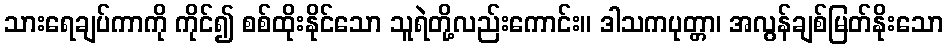
သားရေချပ်ကာကို ကိုင်၍ စစ်ထိုးနိုင်သော သူရဲတို့လည်းကောင်း။ ဒါသကပုတ္တာ၊ အလွန်ချစ်မြတ်နိုးသော